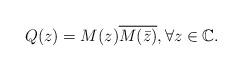
LaTeX: \begin{align*} Q(z)= M(z)\overline{M(\bar z)}, \forall z\in \mathbb C.\end{align*}